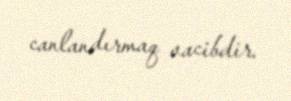
canlandırmaq vacibdir.